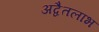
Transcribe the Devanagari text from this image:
अद्वैतलाभ